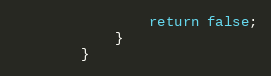
Language: Java
				return false;
			}
		}